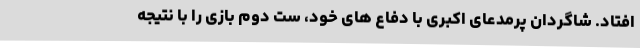
افتاد. شاگردان پرمدعای اکبری با دفاع های خود، ست دوم بازی را با نتیجه